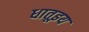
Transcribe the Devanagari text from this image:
धातूइय